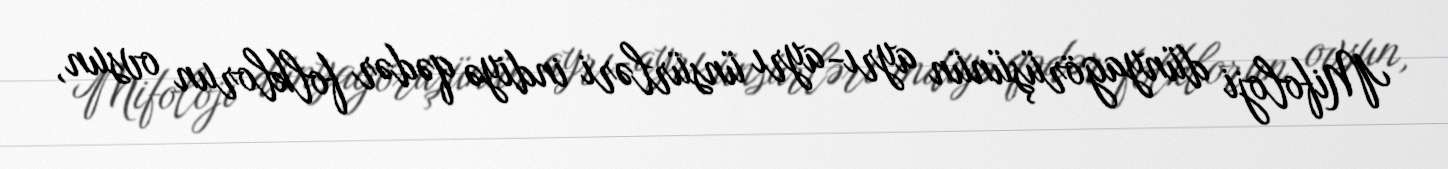
Mifoloji dünyagörüşünün ayrı-ayrı ünsürləri indiyə qədər folklorun ovsun,